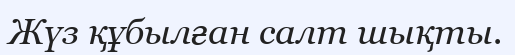
Жүз құбылған салт шықты.